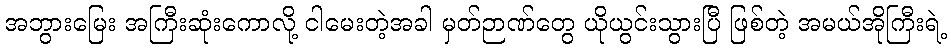
အဘွားမြေး အကြီးဆုံးကောလို့ ငါမေးတဲ့အခါ မှတ်ဉာဏ်တွေ ယိုယွင်းသွားပြီ ဖြစ်တဲ့ အမယ်အိုကြီးရဲ့